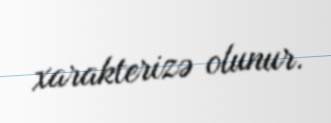
xarakterizə olunur.